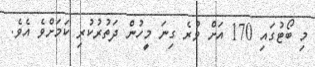
މި ބޯޓުގައި 170 އަށް ވުރެ ގިނަ މީހުން ދަތުރުކުރި ކަމަށްވެ އެވެ.